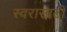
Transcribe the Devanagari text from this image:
स्वरासाठी